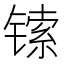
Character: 𫔅